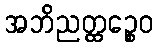
အဘိညတ္ထဉ္စေဝ